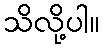
သိလို့ပါ။